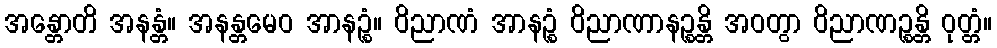
အန္တောတိ အနန္တံ။ အနန္တမေဝ အာနဉ္စံ။ ဝိညာဏံ အာနဉ္စံ ဝိညာဏာနဉ္စန္တိ အဝတွာ ဝိညာဏဉ္စန္တိ ဝုတ္တံ။